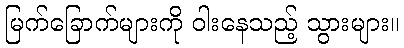
မြက်ခြောက်များကို ဝါးနေသည့် သွားများ။